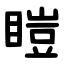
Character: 䁗